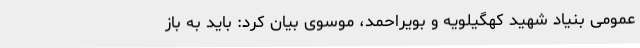
عمومی بنیاد شهید کهگیلویه و بویراحمد، موسوی بیان کرد: باید به باز